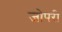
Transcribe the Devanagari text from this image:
जोपरी